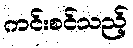
ကင်းစင်သည့်